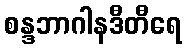
စန္ဒဘာဂါနဒီတီရေ